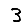
Digit: 3